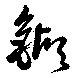
鍜